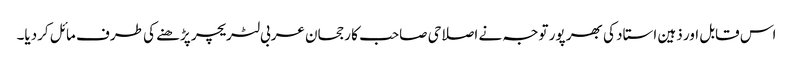
اس قابل اور ذہین استاد کی بھر پور توجہ نے اصلاحی صاحب کا رجحان عربی لٹریچر پڑھنے کی طرف مائل کردیا۔